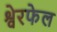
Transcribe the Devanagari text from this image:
श्वेरफेल